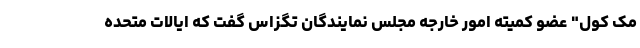
مک کول" عضو کمیته امور خارجه مجلس نمایندگان تگزاس گفت که ایالات متحده